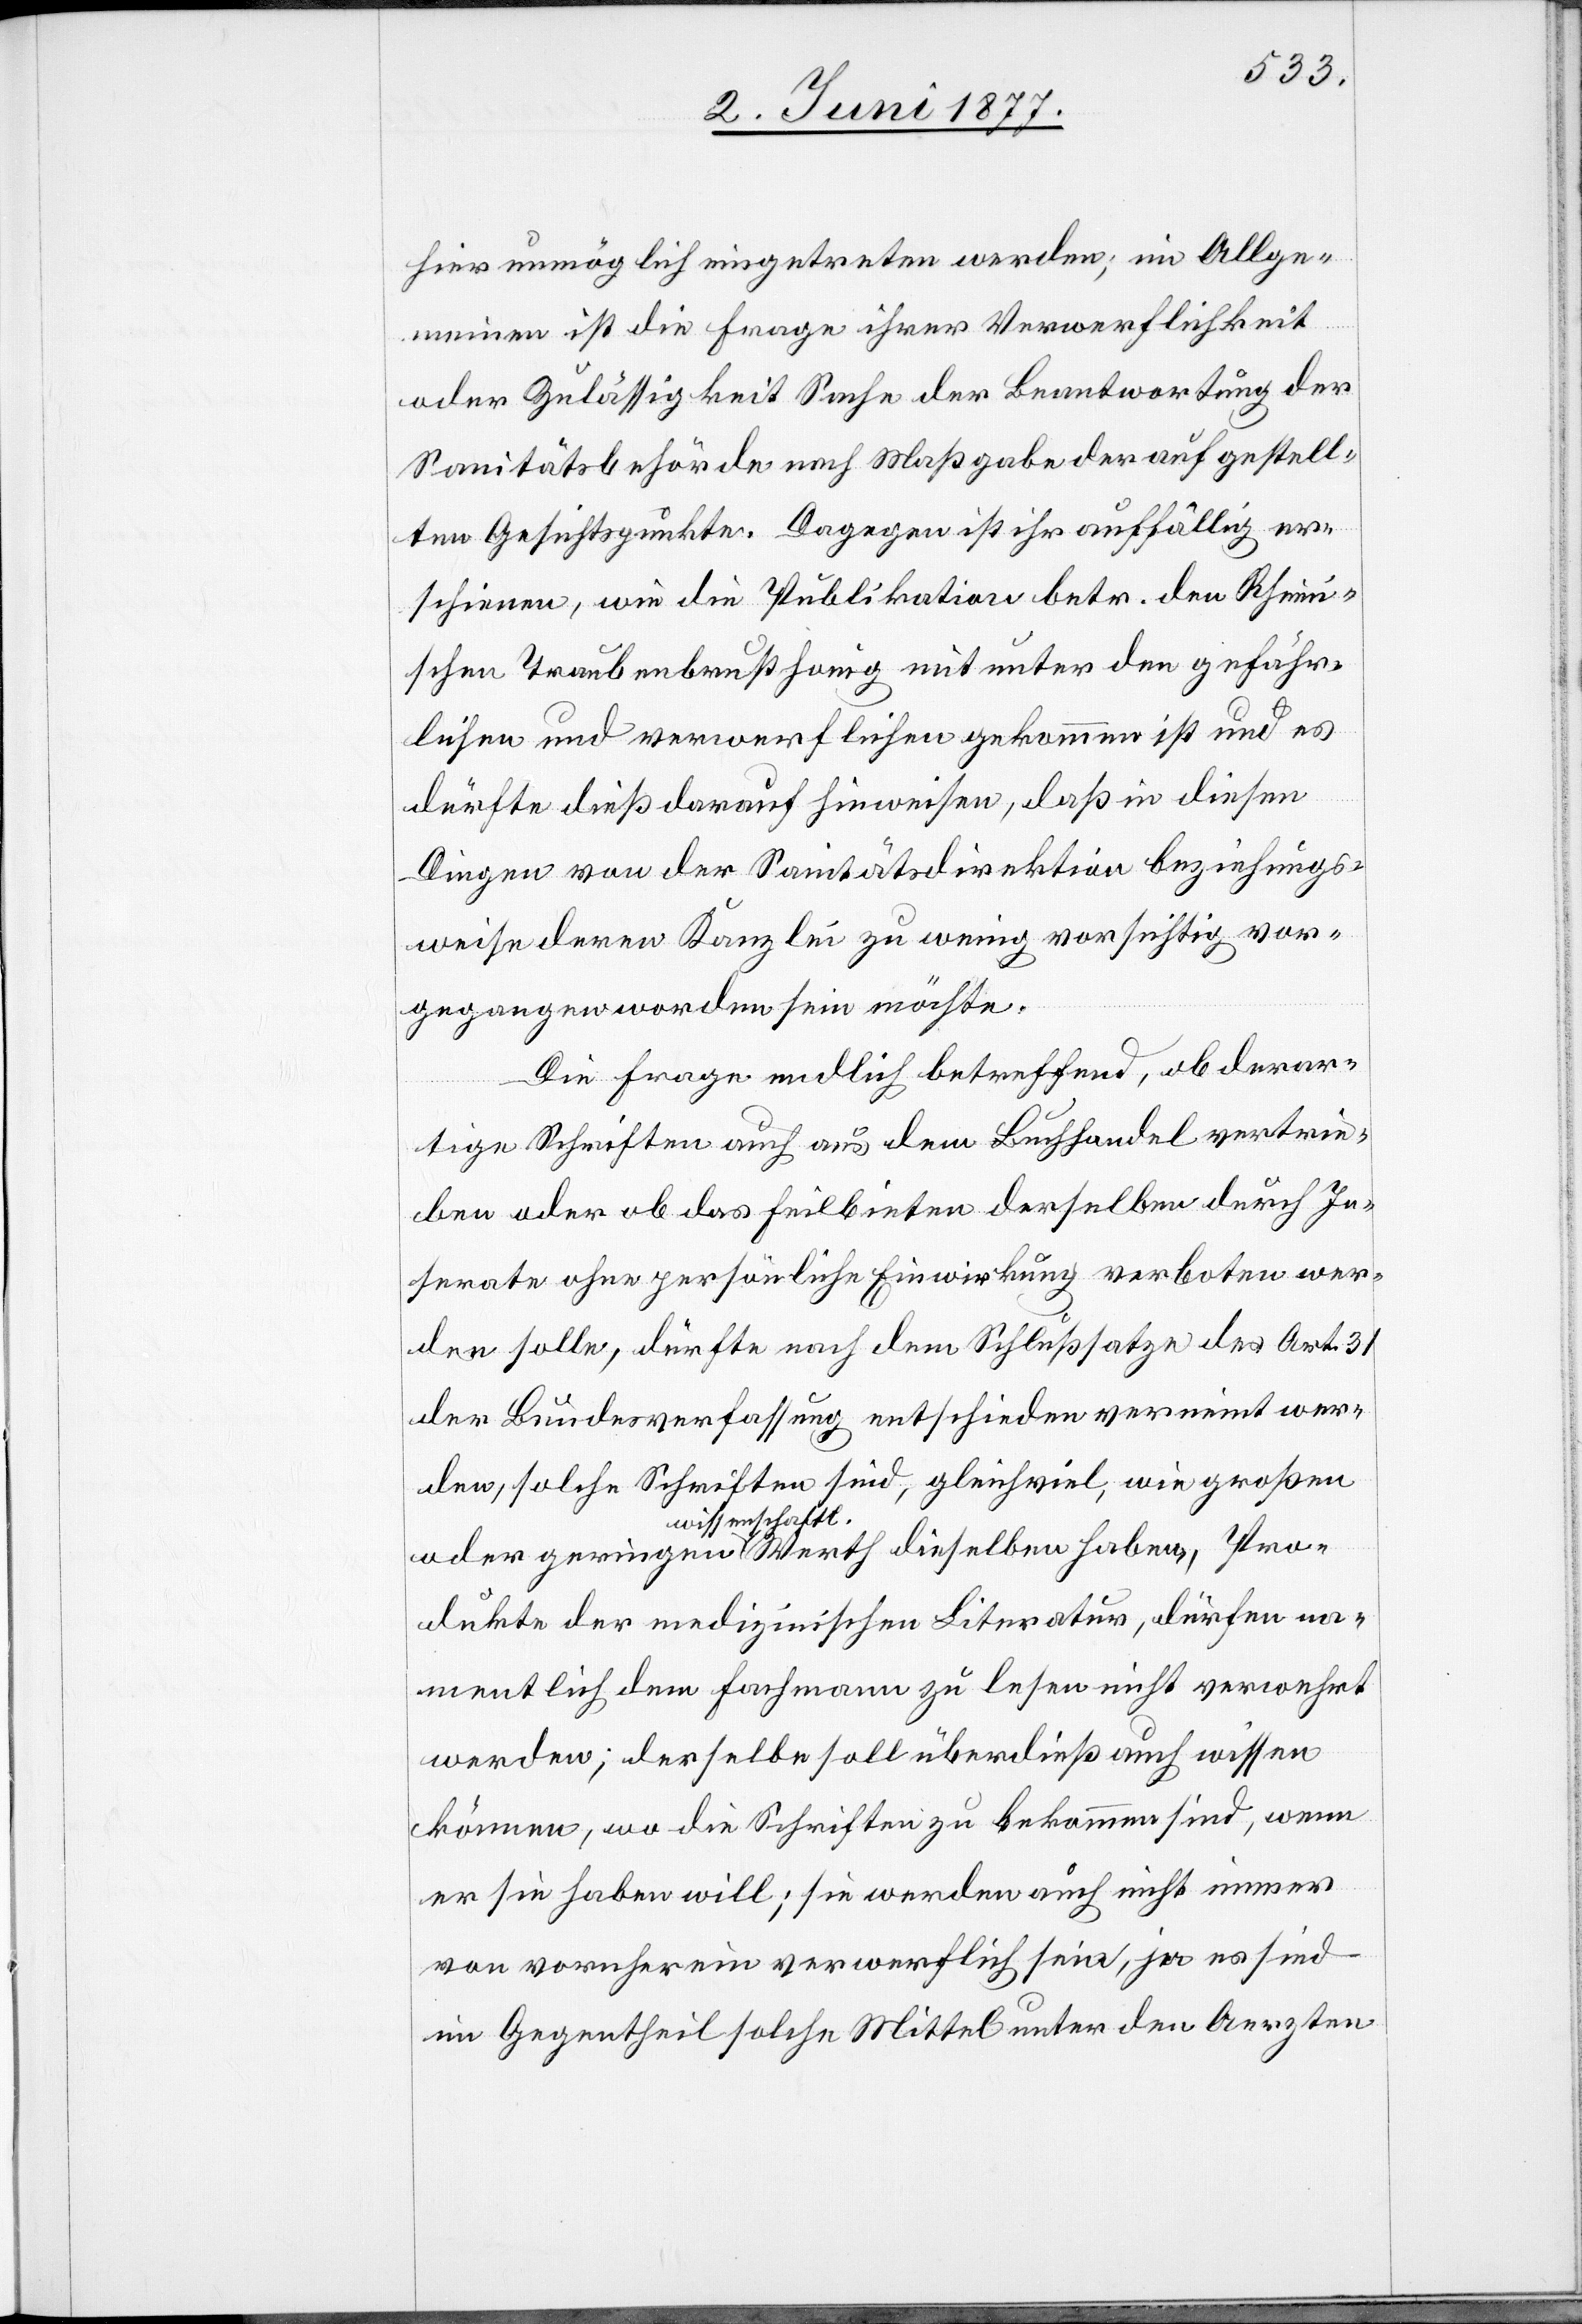
hier unmöglich eingetreten werden; im Allge¬
Pro¬
meinen ist die Frage ihrer Verwerflichkeit
oder Zulässigkeit Sache der Beantwortung der
Sanitätsbehörde nach Maßgabe der aufgestell¬
ten Gesichtspunkte. Dagegen ist ihr auffällig er¬
schienen, wie die Publikation betr. den Rhein¬
ischen Traubenbrusthonig mit unter den gefähr¬
lichen und verwerflichen gekommen ist und es
dürfte dieß darauf hinweisen, daß in diesen
Dingen von der Sanitätsdirektion beziehungs¬
weise deren Kanzlei zu wenig vorsichtig vor¬
gegangen worden sein möchte.
Die Frage endlich betreffend, ob derar¬
tige Schriften auch aus dem Buchhandel vertrie¬
ben oder ob das Feilbieten derselben durch In¬
serate ohne persönliche Einwirkung verboten wer¬
den solle, dürfte nach dem Schlußsatze des Art. 31
der Bundesverfassung entschieden verneint wer¬
den, solche Schriften sind, gleichviel, wie großen
wissenschaftl.
dukte der medizinischen Literatur, dürfen na¬
mentlich dem Fachmann zu lesen nicht verwehrt
werden; derselbe soll überdieß auch wissen
können, wo die Schriften zu bekommen sind, wenn
er sie haben will; sie werden auch nicht immer
von vorneherein verwerflich sein, ja es sind
im Gegentheil solche Mittel unter den Aerzten